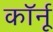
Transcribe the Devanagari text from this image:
कॉर्नू